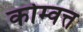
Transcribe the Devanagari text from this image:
कोम्वत्त